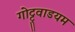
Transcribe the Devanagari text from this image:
गोट्टुवाडयम